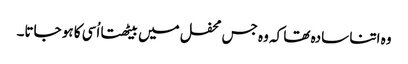
وہ اتنا سادہ تھا کہ وہ جس محفل میں بیٹھتا اُسی کا ہو جاتا۔